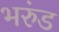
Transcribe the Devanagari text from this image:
भरुंड